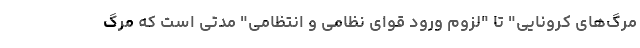
مرگ‌های کرونایی" تا "لزوم ورود قوای نظامی و انتظامی" مدتی است که مرگ